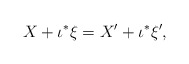
\begin{align*}X + \iota^{*} \xi = X' + \iota^{*}\xi',\end{align*}